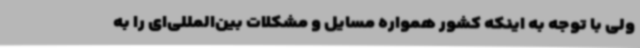
ولی با توجه به اینکه کشور همواره مسایل و مشکلات بین‌المللی‌ای را به